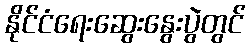
နိုင်ငံရေးဆွေးနွေးပွဲတွင်